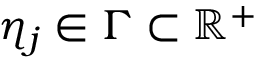
\eta _ { j } \in \Gamma \subset \mathbb { R } ^ { + }